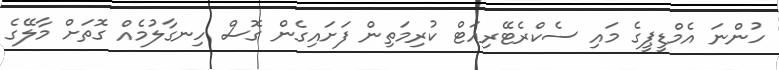
ހުންނަ އެމްޑީޕީގެ މައި ސެކްރެޓޭރިއަޓް ކުރިމަތިން ފަށައިގެން ގޮސް ހިނގާލުމެއް ގޮތަށް މާލޭގެ